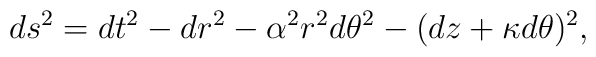
ds^2=dt^2 - dr^2 - \alpha^2 r^2 d\theta^2 - (dz + \kappa d\theta)^2,